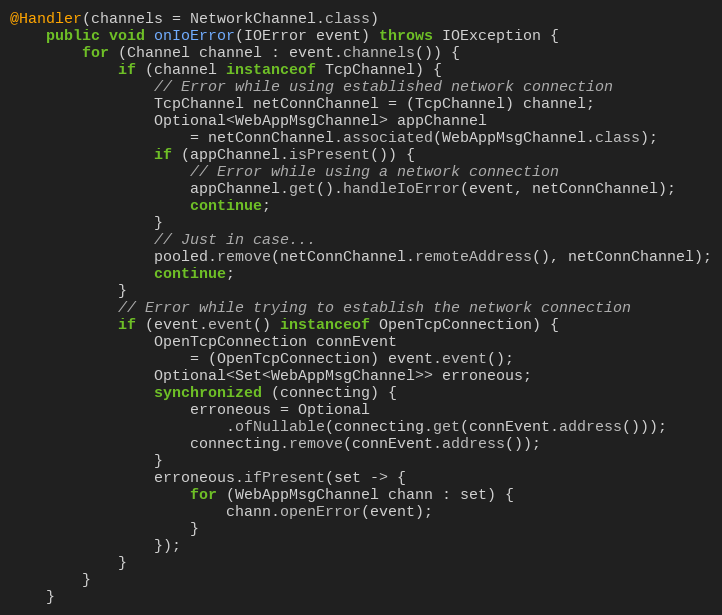
Language: Java
@Handler(channels = NetworkChannel.class)
    public void onIoError(IOError event) throws IOException {
        for (Channel channel : event.channels()) {
            if (channel instanceof TcpChannel) {
                // Error while using established network connection
                TcpChannel netConnChannel = (TcpChannel) channel;
                Optional<WebAppMsgChannel> appChannel
                    = netConnChannel.associated(WebAppMsgChannel.class);
                if (appChannel.isPresent()) {
                    // Error while using a network connection
                    appChannel.get().handleIoError(event, netConnChannel);
                    continue;
                }
                // Just in case...
                pooled.remove(netConnChannel.remoteAddress(), netConnChannel);
                continue;
            }
            // Error while trying to establish the network connection
            if (event.event() instanceof OpenTcpConnection) {
                OpenTcpConnection connEvent
                    = (OpenTcpConnection) event.event();
                Optional<Set<WebAppMsgChannel>> erroneous;
                synchronized (connecting) {
                    erroneous = Optional
                        .ofNullable(connecting.get(connEvent.address()));
                    connecting.remove(connEvent.address());
                }
                erroneous.ifPresent(set -> {
                    for (WebAppMsgChannel chann : set) {
                        chann.openError(event);
                    }
                });
            }
        }
    }